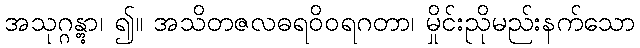
အသုဂ္ဂန္တွာ၊ ၍။ အသိတဇလဓရဝိဝရဂတာ၊ မှိုင်းညိုမည်းနက်သော